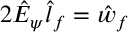
2 \hat { E } _ { \psi } \hat { l } _ { f } = \hat { w } _ { f }